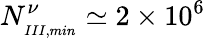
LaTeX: N_{_{III,min}}^{\nu}\simeq 2\times 10^{6}